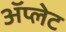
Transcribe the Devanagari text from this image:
ॲप्लेट